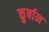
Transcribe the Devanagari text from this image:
कु़र्बान